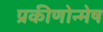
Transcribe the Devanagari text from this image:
प्रकीणोन्मेष